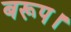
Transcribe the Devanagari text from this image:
बरूप।